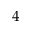
4